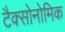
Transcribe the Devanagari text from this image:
टैक्सोनोमिक